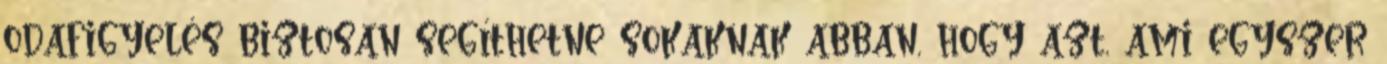
odafigyelés biztosan segíthetne sokaknak abban, hogy azt, ami egyszer